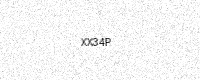
Text: XX34P